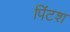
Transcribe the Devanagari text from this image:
पिंटश